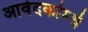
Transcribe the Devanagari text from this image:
आवेदकांम्धे